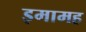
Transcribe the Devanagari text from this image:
इमामह